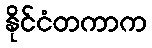
နိုင်ငံတကာက